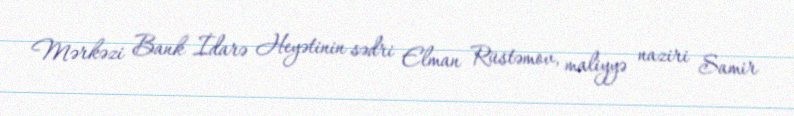
Mərkəzi Bank İdarə Heyətinin sədri Elman Rüstəmov, maliyyə naziri Samir